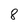
Character: 8